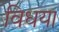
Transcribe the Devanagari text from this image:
विधया